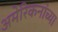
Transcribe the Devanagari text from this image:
अमेरिकनांच्या